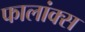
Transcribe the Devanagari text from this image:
फालांक्स